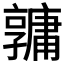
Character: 𤰎